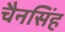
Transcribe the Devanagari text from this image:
चैनसिंह